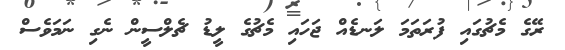
ރޭގެ މެޗުގައި ފުރަތަމަ ލަނޑެއް ޖަހައި މެޗުގެ ލީޑު ޗެލްސީން ނެގި ނަމަވެސް